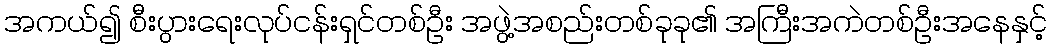
အကယ်၍ စီးပွားရေးလုပ်ငန်းရှင်တစ်ဦး အဖွဲ့အစည်းတစ်ခုခု၏ အကြီးအကဲတစ်ဦးအနေနှင့်